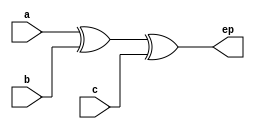
`timescale 1ns / 1ps
//////////////////////////////////////////////////////////////////////////////////
// Company: 
// Engineer: 
// 
// Design Name: 
// Module Name: EVEN_PARITY_GEN
// Project Name: 
// Target Devices: 
// Tool Versions: 
// Description: 
// 
// Dependencies: 
// 
// Revision:
// Revision 0.01 - File Created
// Additional Comments:
// 
//////////////////////////////////////////////////////////////////////////////////


module EVEN_PARITY_GEN(
    input a,
    input b,
    input c,
    output ep
    );
    assign ep = (a^b)^c;;
endmodule